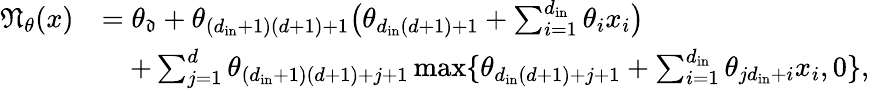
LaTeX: \begin{array}{rl}{\textstyle\mathfrak{N}_{\theta}(x)}&{=\textstyle\theta_{\mathfrak{d}}+\theta_{(d_{\mathrm{in}}+1)(d+1)+1}\bigl(\theta_{d_{\mathrm{in}}(d+1)+1}+\sum_{i=1}^{d_{\mathrm{in}}}\theta_{i}x_{i}\bigr)}\\ &{\quad\textstyle+\sum_{j=1}^{d}\theta_{(d_{\mathrm{in}}+1)(d+1)+j+1}\operatorname*{max}\{ \theta_{d_{\mathrm{in}}(d+1)+j+1}+\sum_{i=1}^{d_{\mathrm{in}}}\theta_{jd_{\mathrm{in}}+i}x_{i},0\} ,}\end{array}